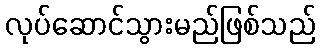
လုပ်ဆောင်သွားမည်ဖြစ်သည်